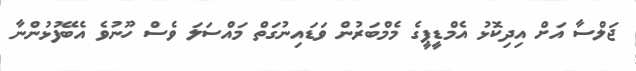
ޖަލްސާ އަށް އިދިކޮޅު އެމްޑީީޕީގެ މެމްބަރުން ވަޑައިނުގަތް މައްސަލަ ވެސް ހޫނުވެ އެބޭފުޅުންނާ